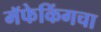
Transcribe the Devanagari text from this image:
मॅफेकिंगचा